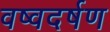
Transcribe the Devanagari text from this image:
वष्वदर्षण